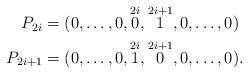
LaTeX: \begin{align*} P_{2i} &= (0, \dots , 0 , \overset{2i}{0}, \overset{2i+1}{1}, 0, \dots , 0)\\ P_{2i+1} &= (0, \dots , 0 , \overset{2i}{1} , \overset{2i+1}{0}, 0, \dots , 0).\end{align*}